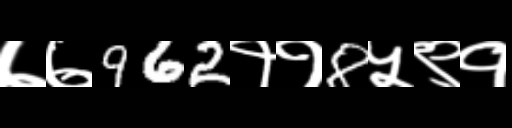
Text: ७७962११8५९१